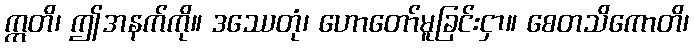
ဣတိ၊ ဤအနက်ကို။ ဒဿေတုံ၊ ဟောတော်မူခြင်းငှာ။ စေတသိကောတိ၊